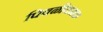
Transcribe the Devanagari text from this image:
पिवळीधमक